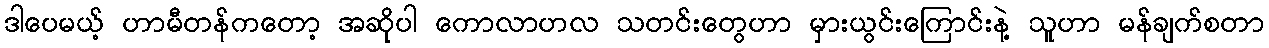
ဒါပေမယ့် ဟာမီတန်ကတော့ အဆိုပါ ကောလာဟလ သတင်းတွေဟာ မှားယွင်းကြောင်းနဲ့ သူဟာ မန်ချက်စတာ